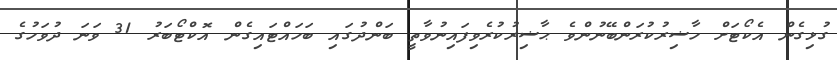
ގުޅިގެން އެކޯޓަށް ހާޟިރުކުރަންބޭނުންވެ ޙާޟިރުކުރެވިފައިނުވާތީ ބަންދުގައި ބަހައްޓައިގެން އޮކްޓޯބަރު 31 ވަނަ ދުވަހުގެ